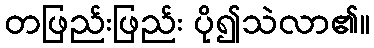
တဖြည်းဖြည်း ပို၍သဲလာ၏။